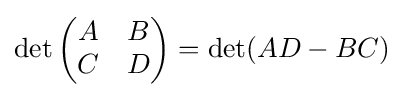
\det {\begin{pmatrix}A&B\\C&D\end{pmatrix}}=\det(AD-BC)